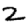
Digit: 2